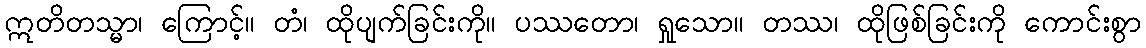
ဣတိတသ္မာ၊ ကြောင့်။ တံ၊ ထိုပျက်ခြင်းကို။ ပဿတော၊ ရှုသော။ တဿ၊ ထိုဖြစ်ခြင်းကို ကောင်းစွာ